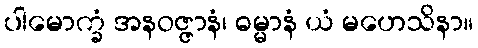
ပါမောက္ခံ အနဝဇ္ဇာနံ၊ ဓမ္မာနံ ယံ မဟေသိနာ။